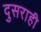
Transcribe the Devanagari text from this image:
दुसराही